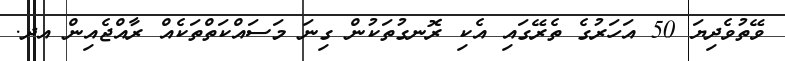
ވޭތުވެދިޔަ 50 އަހަރުގެ ތެރޭގައި އެކި ރޮނގުތަކުން ގިނަ މަސައްކަތްތަކެއް ރާއްޖެއިން އދ.